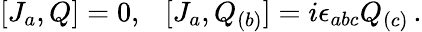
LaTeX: [J_{a},Q]=0,\ \ \ [J_{a},Q_{(b)}]=i\epsilon_{abc}Q_{(c)}\, .